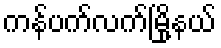
ကန်ပက်လက်မြို့နယ်